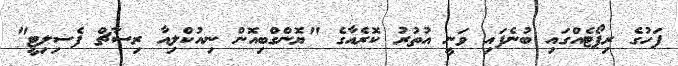
ފަހުގެ ރިޕޯޓެއްގައި ބުނެފައި ވަނީ އުތުރު ކޮރެއާގެ "ޔޮންގްބިއޮން ނިއުކްލިއާ ރިސާޗް ފެސިލިޓީ"